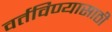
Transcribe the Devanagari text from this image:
वर्तविण्यासाठी